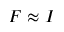
F \approx I